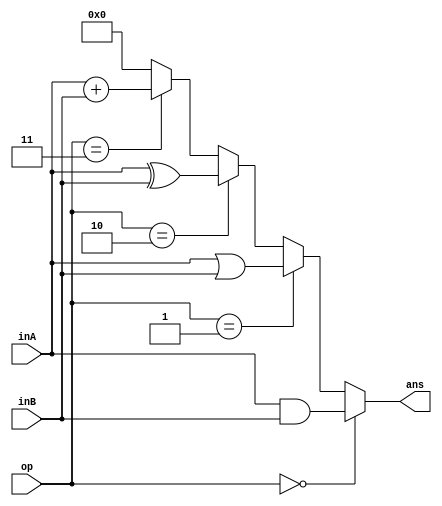
`timescale 1ns / 1ps
//////////////////////////////////////////////////////////////////////////////////
// Company: 
// Engineer: 
// 
// Design Name: 
// Module Name:    ALU 
// Project Name: 
// Target Devices: 
// Tool versions: 
// Description: 
//
// Dependencies: 
//
// Revision: 
// Revision 0.01 - File Created
// Additional Comments: 
//
//////////////////////////////////////////////////////////////////////////////////
module ALU(inA,inB,op,ans);
	input wire [3:0] inA;
	input wire [3:0] inB;
	input wire [1:0] op;
	output wire [3:0] ans;
	
	assign ans = (op == 2'b00) ? inA & inB :
					 (op == 2'b01) ? inA | inB :
					 (op == 2'b10) ? inA ^ inB :
					 (op == 2'b11) ? inA + inB :
														4'b0000;

endmodule